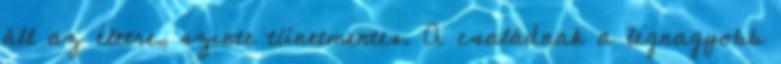
áll az életre, szinte tünetmentes. A családnak a legnagyobb